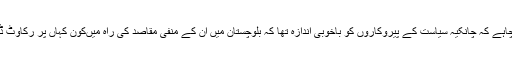
سمجھ لینا چاہے کہ چانکیہ سیاست کے پیروکاروں کو باخوبی اندازہ تھا کہ بلوچستان میں ان کے منفی مقاصد کی راہ میںکون کہاں پر رکاوٹ ڈال رہا ہے۔